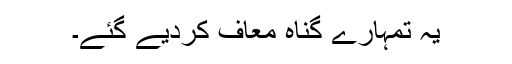
یہ تمہارے گناہ معاف کردیے گئے۔